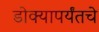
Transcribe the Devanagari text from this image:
डोक्यापर्यंतचे